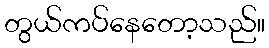
တွယ်ကပ်နေတော့သည်။